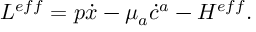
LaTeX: { \cal { L } } ^ { e f f } = p \dot { x } - \mu _ { a } \dot { c } ^ { a } - { \cal H } ^ { e f f } .